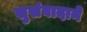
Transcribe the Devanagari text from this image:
सुसंवादाने